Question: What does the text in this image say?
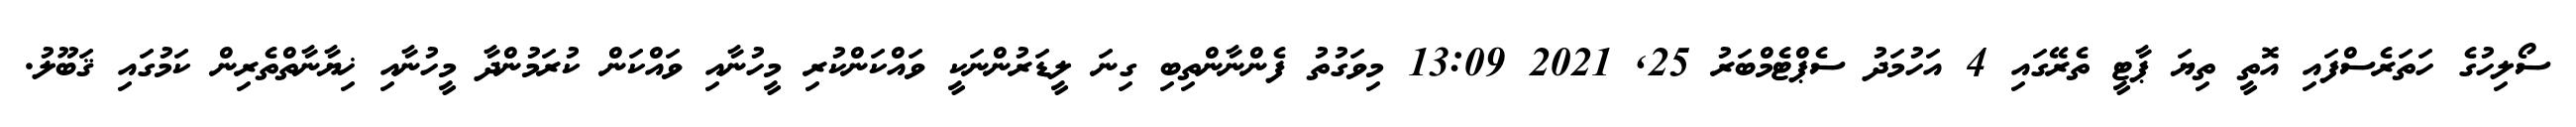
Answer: ސޯލިހުގެ ހަތަރެސްފައި އޮތީ ތިޔަ ޕާޓީ ތެރޭގައި 4 އަހުމަދު ސެޕްޓެމްބަރު 25, 2021 13:09 މިވަގުތު ފެންނާންތިބި ގިނަ ލީޑަރުންނަކީ ވައްކަންކުރި މީހުނާއި ވައްކަން ކުރަމުންދާ މީހުނާއި ޚިޔާނާތްތެރިން ކަމުގައި ޤަބޫލު.